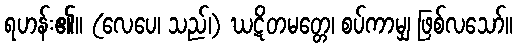
ရဟန်း၏။ (လေပေ၊ သည်၊) ဃဋိတမတ္တေ၊ စပ်ကာမျှ ဖြစ်လသော်။